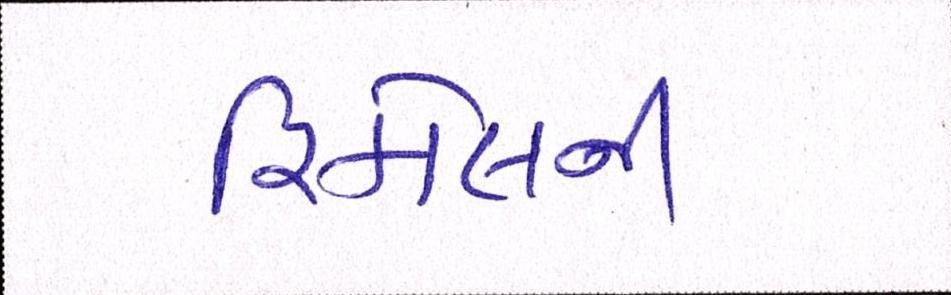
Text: રિકોલની